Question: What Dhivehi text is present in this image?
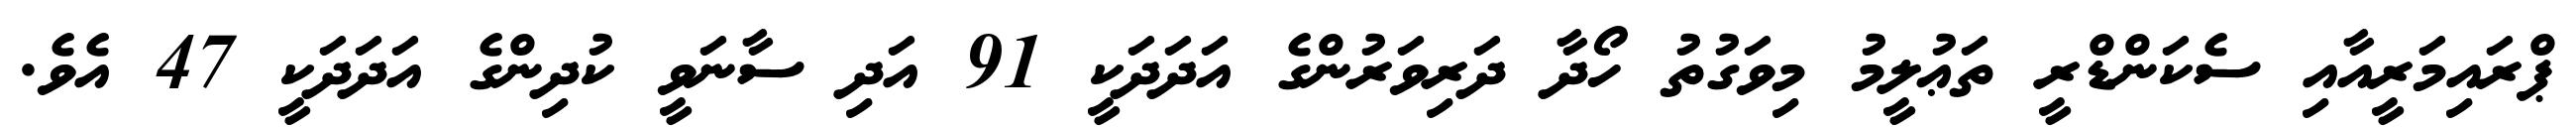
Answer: ޕްރައިމަރީއާއި ސެކަންޑްރީ ތަޢުލީމު މިވަގުތު ހޯދާ ދަރިވަރުންގެ އަދަދަކީ 91 އަދި ސާނަވީ ކުދިންގެ އަދަދަކީ 47 އެވެ.